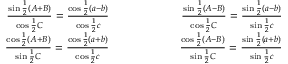
{ \begin{array} { r l r } { { \frac { \sin { \frac { 1 } { 2 } } ( A + B ) } { \cos { \frac { 1 } { 2 } } C } } = { \frac { \cos { \frac { 1 } { 2 } } ( a - b ) } { \cos { \frac { 1 } { 2 } } c } } } & { \qquad \qquad } & { { \frac { \sin { \frac { 1 } { 2 } } ( A - B ) } { \cos { \frac { 1 } { 2 } } C } } = { \frac { \sin { \frac { 1 } { 2 } } ( a - b ) } { \sin { \frac { 1 } { 2 } } c } } } \\ { { \frac { \cos { \frac { 1 } { 2 } } ( A + B ) } { \sin { \frac { 1 } { 2 } } C } } = { \frac { \cos { \frac { 1 } { 2 } } ( a + b ) } { \cos { \frac { 1 } { 2 } } c } } } & { \qquad } & { { \frac { \cos { \frac { 1 } { 2 } } ( A - B ) } { \sin { \frac { 1 } { 2 } } C } } = { \frac { \sin { \frac { 1 } { 2 } } ( a + b ) } { \sin { \frac { 1 } { 2 } } c } } } \end{array} }